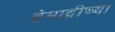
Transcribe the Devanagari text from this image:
हेमाद्रीच्या